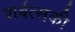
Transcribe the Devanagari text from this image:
शर्बत्सकी